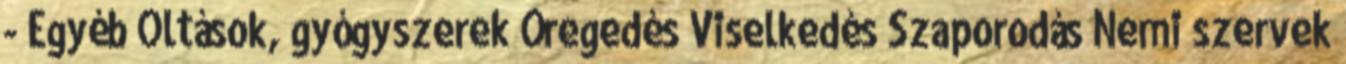
- Egyéb Oltások, gyógyszerek Öregedés Viselkedés Szaporodás Nemi szervek